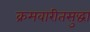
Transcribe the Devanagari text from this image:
क्रमवारीतसुद्धा